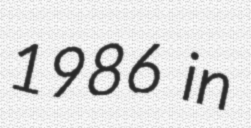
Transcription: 1986 in